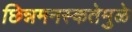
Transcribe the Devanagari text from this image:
छिन्नमनस्कतेमुळे